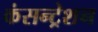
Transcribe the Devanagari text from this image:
कंसन्ट्रेशन